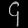
Digit: ၄